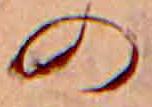
の